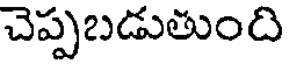
చెప్పబడుతుంది